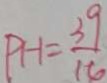
P H = \frac { 3 9 } { 1 6 }